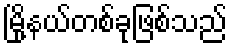
မြို့နယ်တစ်ခုဖြစ်သည်